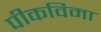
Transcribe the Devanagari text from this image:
पीकविमा